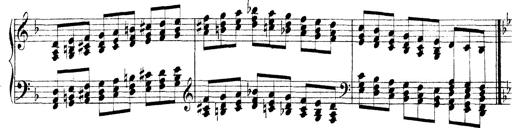
Title: Technische Studien
Composer: Franz Liszt